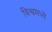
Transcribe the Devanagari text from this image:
विश्वमध्ये